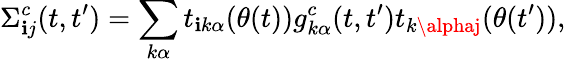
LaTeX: \Sigma_{\mathbf{i}j}^{c}(t,t^{\prime})=\sum_{k\alpha}t_{\mathbf{i}k\alpha}(\theta(t))g_{k\alpha}^{c}(t,t^{\prime})t_{k\alphaj}(\theta(t^{\prime})),